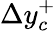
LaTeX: \Delta y_{c}^{+}